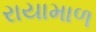
રાયામાળ